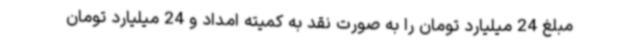
مبلغ 24 میلیارد تومان را به صورت نقد به کمیته امداد و 24 میلیارد تومان